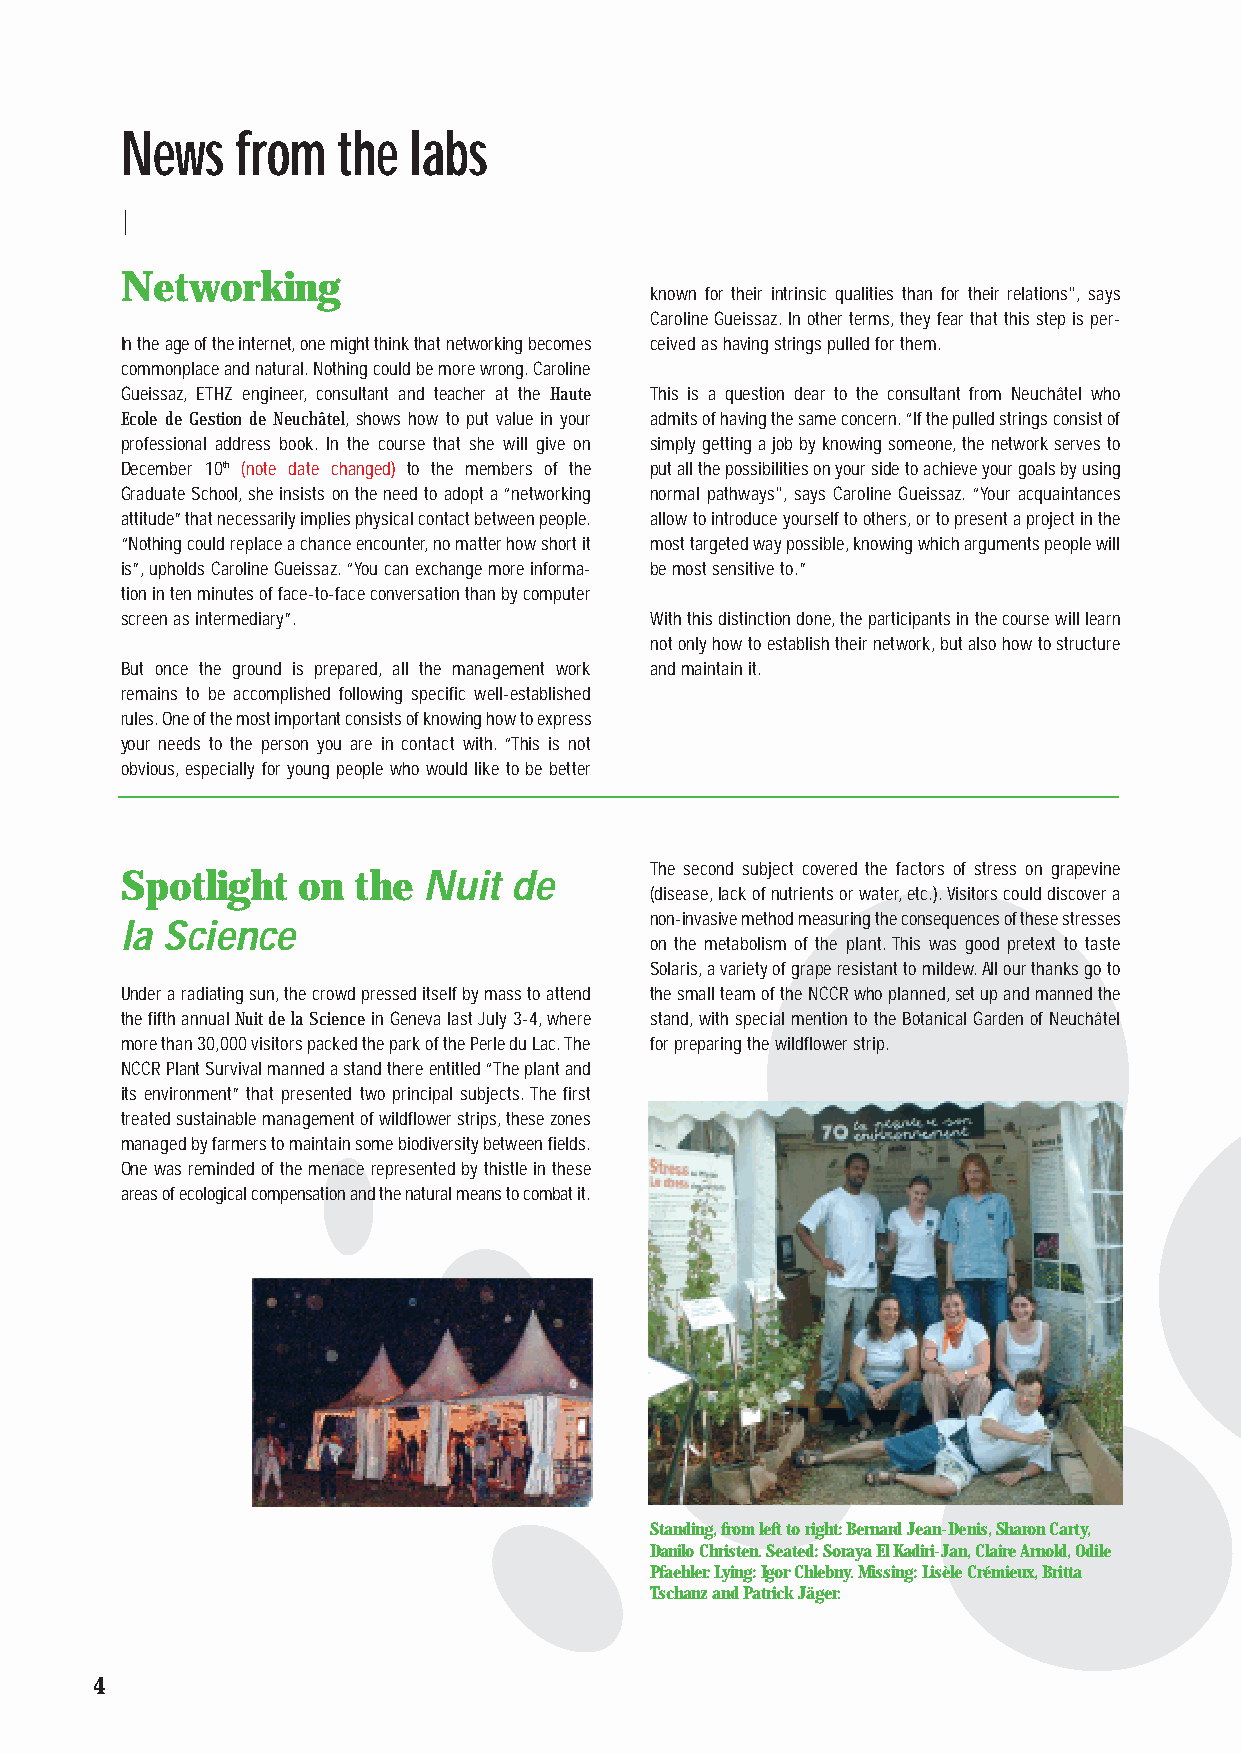
News    from  the  labs
 Networking
 known for their intrinsic qualities than for their relations", says
 Caroline Gueissaz.In other terms,they fear that this step is per-
 In the age of the internet,one might think that networking becomes ceived as having strings pulled for them.
 commonplace and natural.Nothing could be more wrong.Caroline
 Gueissaz, ETHZ engineer, consultant and teacher at the Haute This is a question dear to the consultant from Neuchâtel who
 Ecole de Gestion de Neuchâtel, shows how to put value in your admits of having the same concern.“If the pulled strings consist of
 professional address book. In the course that she will give on simply getting a job by knowing someone,the network serves to
 December 10th (note date changed) to the members of the put all the possibilities on your side to achieve your goals by using
 Graduate School,she insists on the need to adopt a “networking normal pathways", says Caroline Gueissaz.“Your acquaintances
 attitude”that necessarily implies physical contact between people. allow to introduce yourself to others,or to present a project in the
 “Nothing could replace a chance encounter,no matter how short it most targeted way possible,knowing which arguments people will
 is”,upholds Caroline Gueissaz.“You can exchange more informa- be most sensitive to.”
 tion in ten minutes of face-to-face conversation than by computer
 screen as intermediary”.           With this distinction done,the participants in the course will learn
 not only how to establish their network,but also how to structure
 But once the ground is prepared, all the management work and maintain it.
 remains to be accomplished following specific well-established
 rules.One of the most important consists of knowing how to express
 your needs to the person you are in contact with. “This is not
 obvious,especially for young people who would like to be better
 Spotlight   on the  Nuit  de       The second subject covered the factors of stress on grapevine
 (disease,lack of nutrients or water,etc.).Visitors could discover a
 la Science                         non-invasive method measuring the consequences of these stresses
 on the metabolism of the plant. This was good pretext to taste
 Solaris,a variety of grape resistant to mildew.All our thanks go to
 Under a radiating sun,the crowd pressed itself by mass to attend the small team of the NCCR who planned,set up and manned the
 the fifth annual Nuit de la Sciencein Geneva last July 3-4,where stand,with special mention to the Botanical Garden of Neuchâtel
 more than 30,000 visitors packed the park of the Perle du Lac.The for preparing the wildflower strip.
 NCCR Plant Survival manned a stand there entitled “The plant and
 its environment” that presented two principal subjects.The first
 treated sustainable management of wildflower strips,these zones
 managed by farmers to maintain some biodiversity between fields.
 One was reminded of the menace represented by thistle in these
 areas of ecological compensation and the natural means to combat it.
 Standing,from left to right: Bernard Jean-Denis,Sharon Carty,
 Danilo Christen.Seated: Soraya El Kadiri-Jan,Claire Arnold,Odile
 Pfaehler.Lying: Igor Chlebny.Missing: Lisèle Crémieux,Britta
 Tschanz and Patrick Jäger.
 4